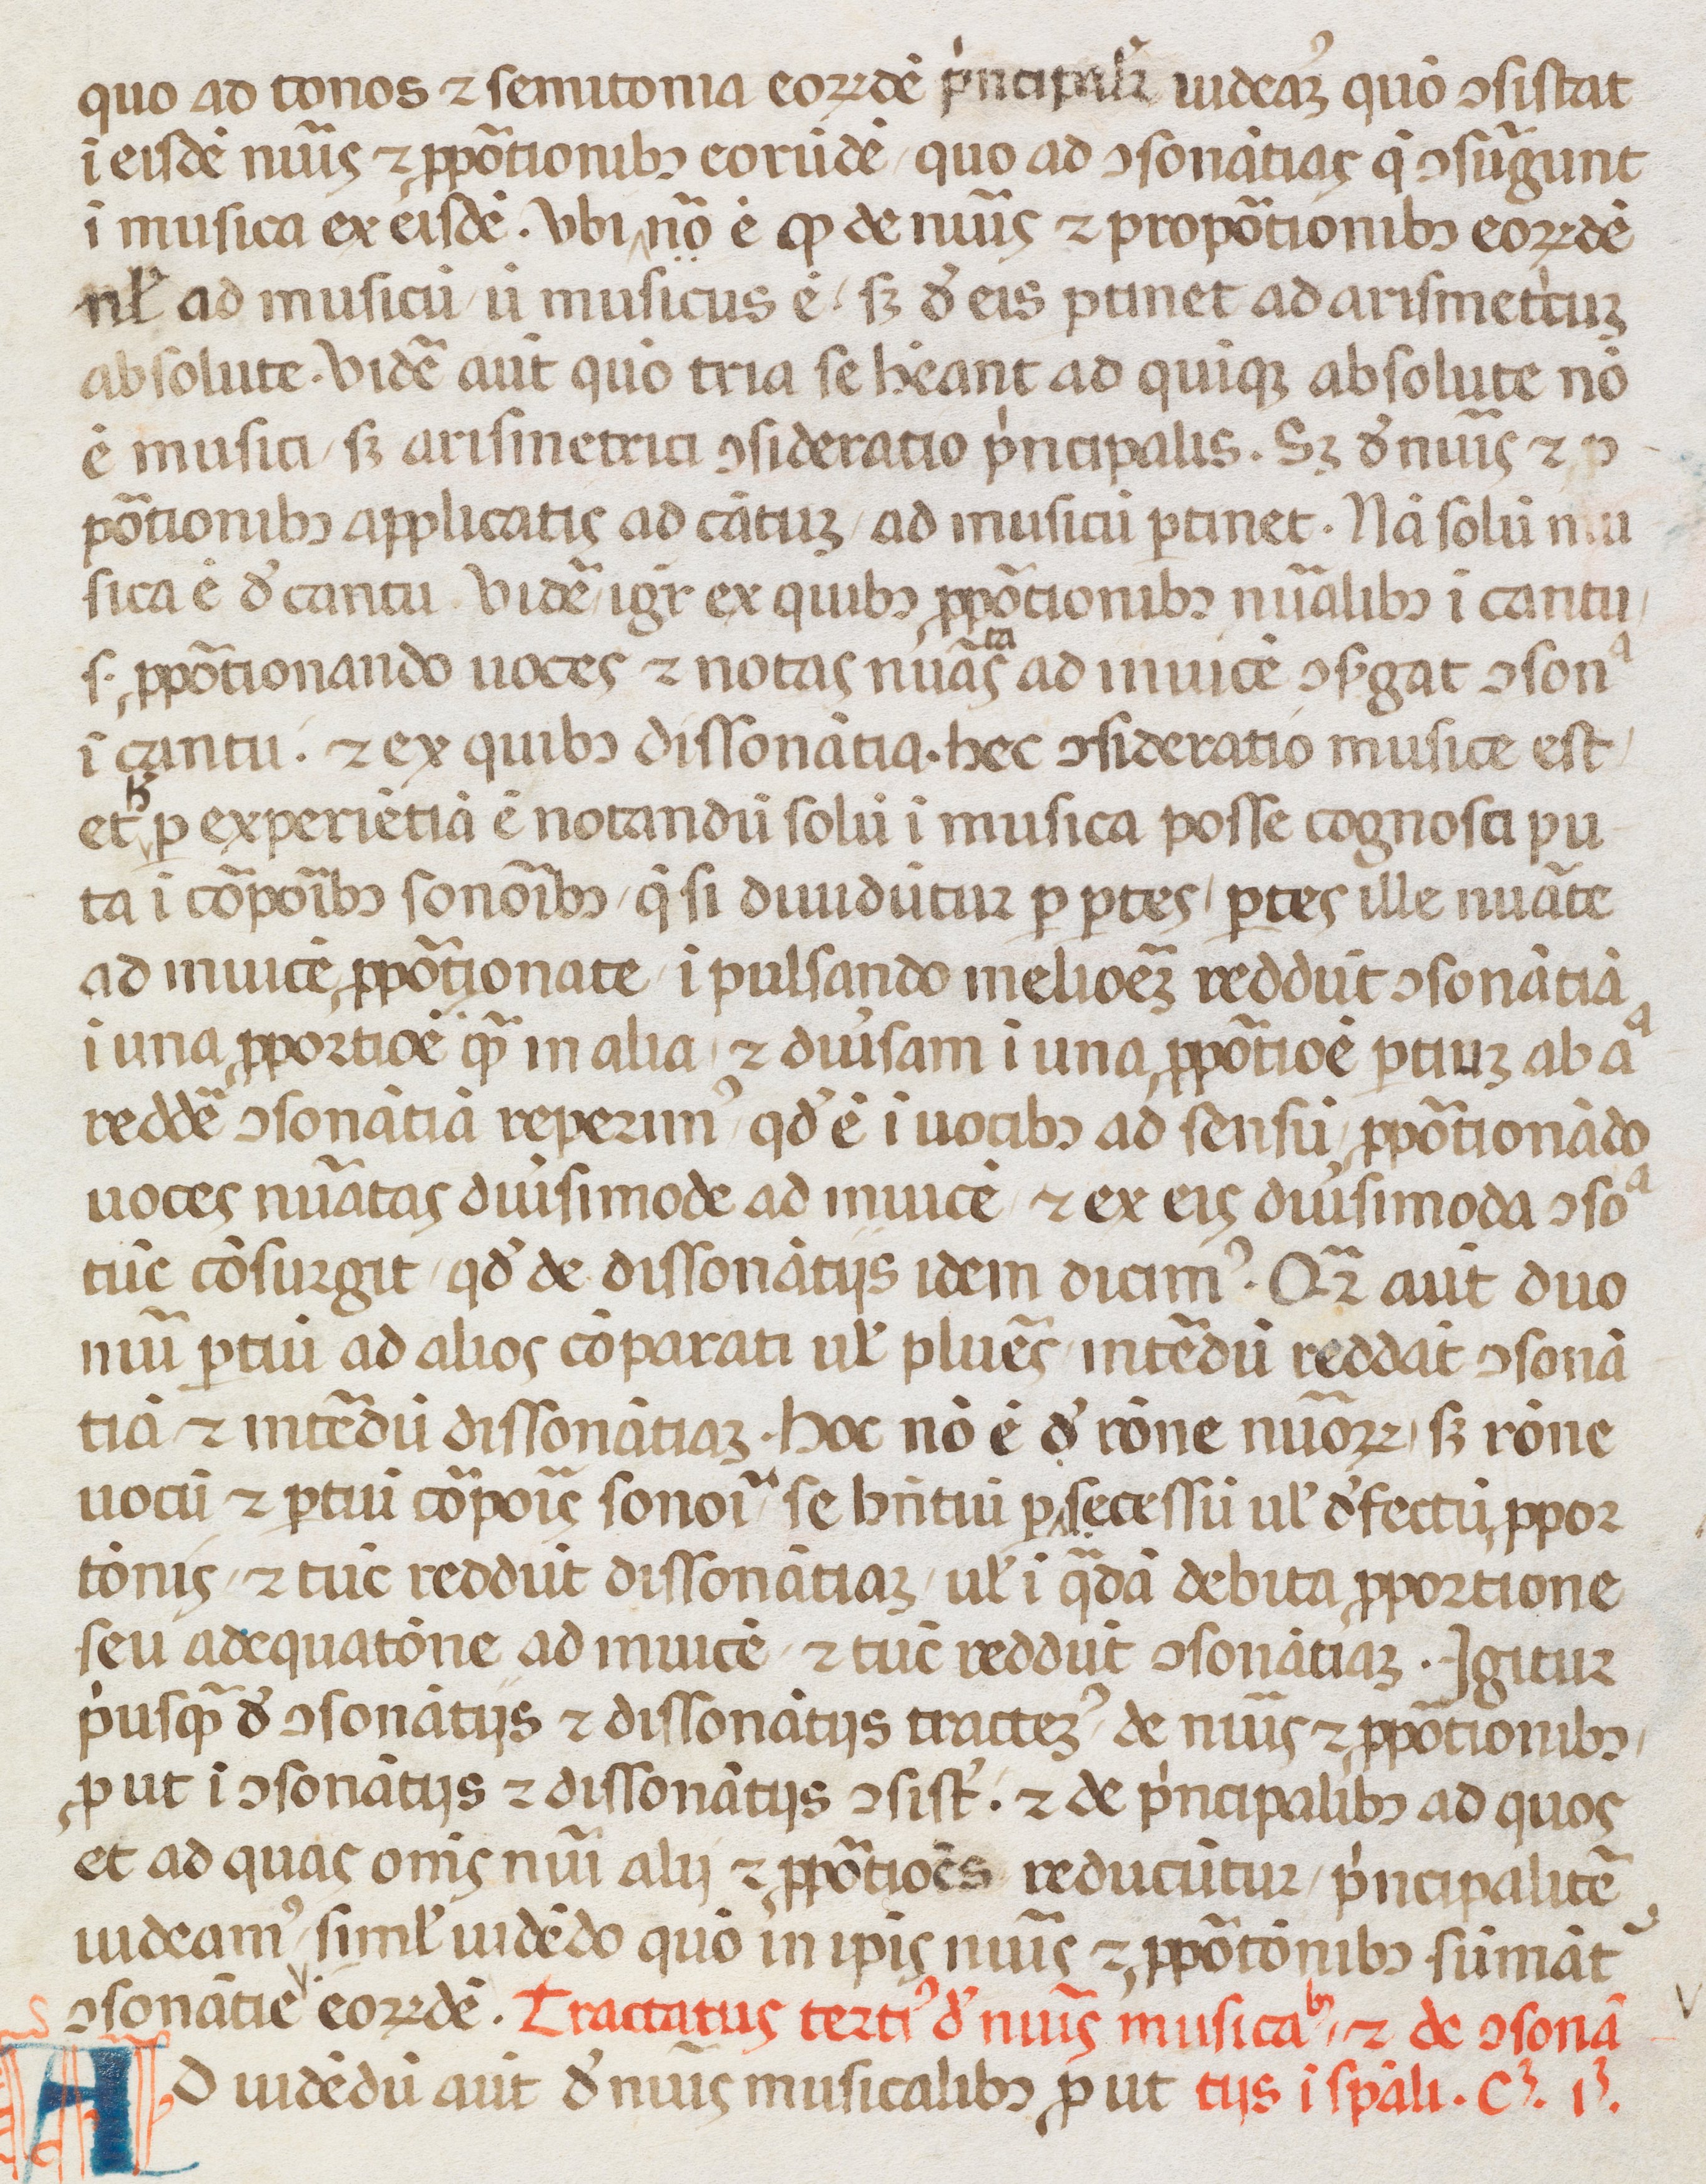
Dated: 1400–1499